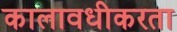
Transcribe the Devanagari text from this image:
कालावधीकरता